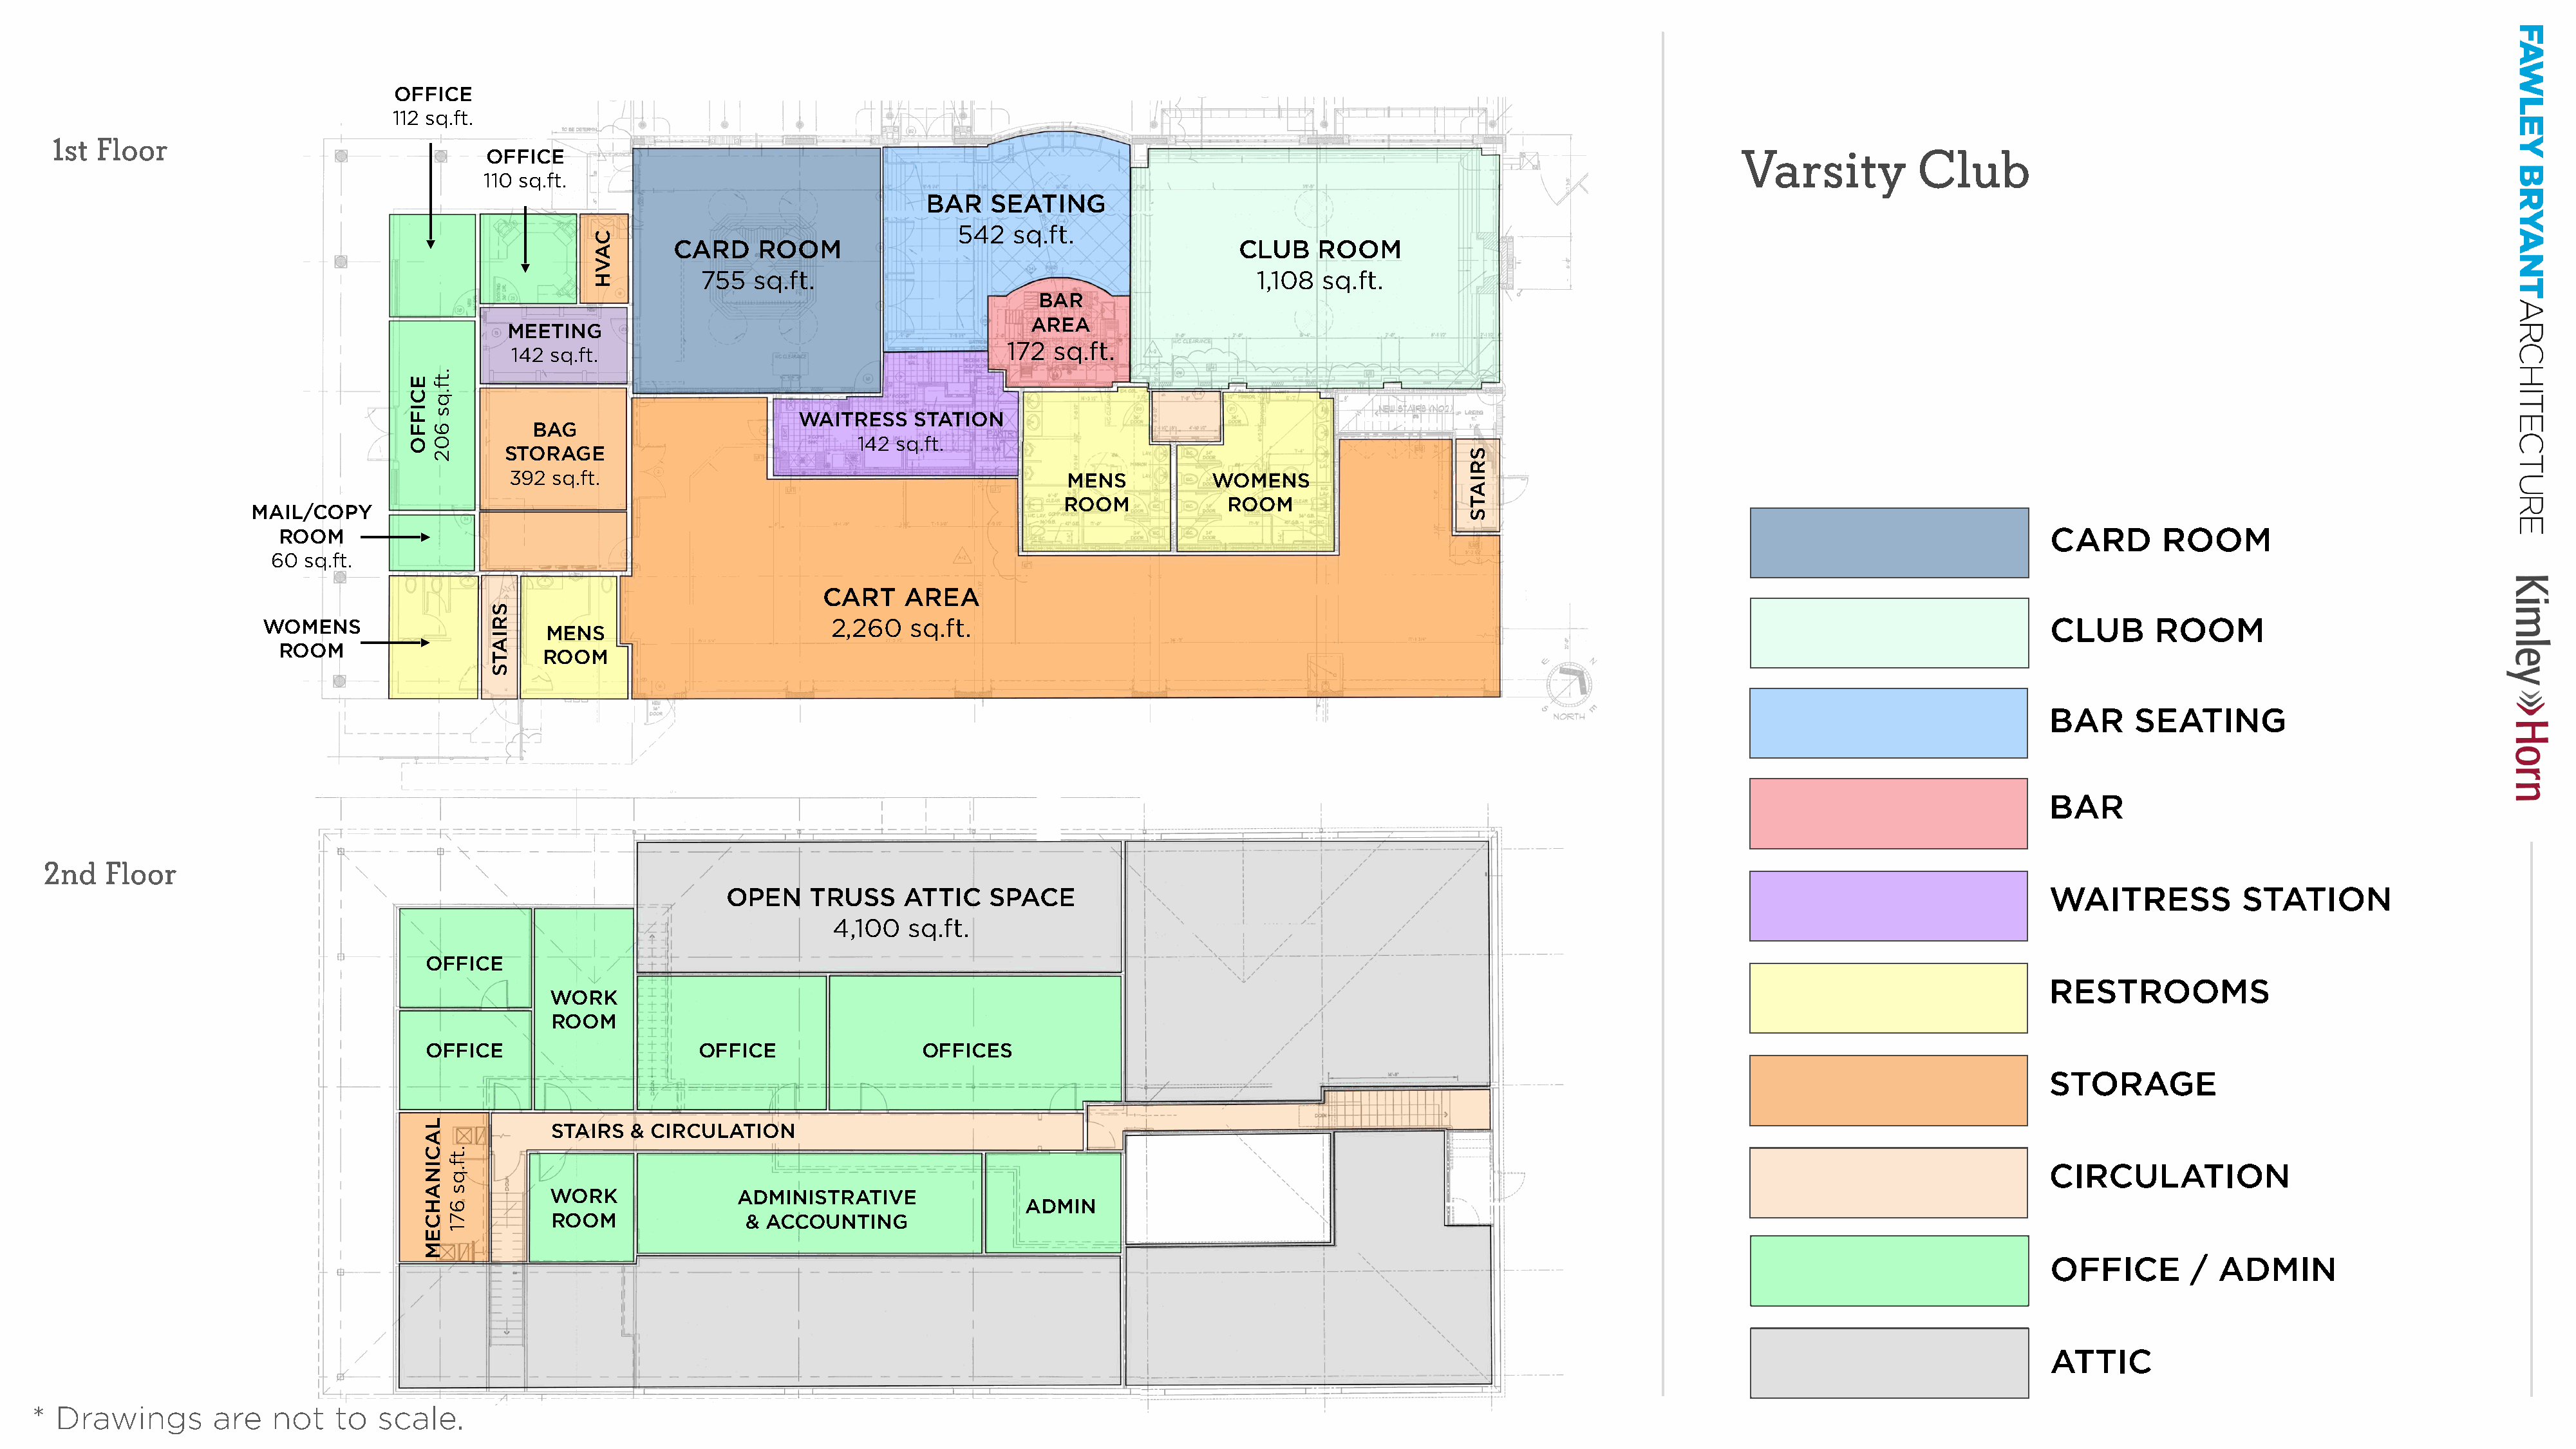
I
 I
 OFFICE                                                                                                                                                                                                                    r-
 112 sq.ft.
 ~
 1st  Floor
 OFFICE                                                                                                                           Varsity           Club
 m
 110 sq.ft.
 BAR    SEATING
 ~
 542   sq.ft.
 CARD     ROOM                                             CLUB    ROOM                                                                                                                        z~
 755  sq.ft.                                              1,108  sq.ft.
 -I
 BAR
 )>
 AREA
 MEETING                                                                                                                                                                                                        :::0
 ..,Ir .                                                                                                               n
 172  sq.ft.
 I                 142 sq.ft.
 I
 f                                                                                                                '·~]
 -I
 WAITRESS    STATION                 □                                                                                                                                            m
 BAG                                                                                                                                                                                                         n
 142 sq.ft.                                       ,~~~
 STORAGE
 -I
 392  sq.ft.                                               MENS           WOMENS                                                                                                                                C
 ROOM             ROOM                                                                                                                                 :::0
 MAIL/COPY
 ---EJ                                                                                                                                                                                                                         m
 ROOM                                                                                                                                                                                  CARD       ROOM
 60 sq.ft.
 "'
 CART    AREA
 3-■
 WOMENS                                                    2,260    sq.ft.                                                                                                               CLUB      ROOM
 I                    MENS
 ROOM
 I                    ROOM
 •
 I
 ..
 ., ~                                                                                                                                             BAR     SEATING
 --,-,.{r
 l
 ------t-   -i--f
 BAR
 2nd    Floor
 OPEN    TRUSS     ATTIC    SPACE                                                                                                        WAITRESS           STATION
 4,100  sq.ft.
 OFFICE
 RESTROOMS
 WORK
 ROOM
 OFFICE                      OFFICE                 OFFICES
 STORAGE
 STAIRS  & CIRCULATION
 CIRCULATION
 WORK               ADMINISTRATIVE
 ADMIN
 ROOM                & ACCOUNTING
 OFFICE        /  ADMIN
 ATTIC
 *  Drawings        are   not   to   scale.
 ECIFFO
 LACINAHCEM
 .tf.qs
 602
 .tf.qs
 671
 SRIATS
 CAVH
 SRIATS